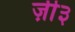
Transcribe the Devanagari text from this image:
ज़ी३